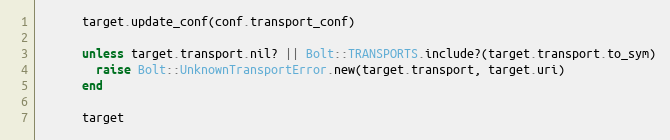
Language: Ruby
      target.update_conf(conf.transport_conf)

      unless target.transport.nil? || Bolt::TRANSPORTS.include?(target.transport.to_sym)
        raise Bolt::UnknownTransportError.new(target.transport, target.uri)
      end

      target